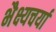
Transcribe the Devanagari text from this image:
भैक्ष्यचर्या